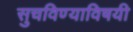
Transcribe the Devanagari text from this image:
सुचविण्याविषयी